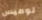
لوميس